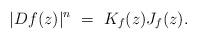
LaTeX: \begin{align*}|Df(z)|^{n}\ = \ K_f(z)J_{f}(z).\end{align*}